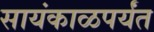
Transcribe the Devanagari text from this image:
सायंकाळपर्यंत